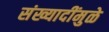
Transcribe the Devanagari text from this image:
संख्यादींमुळे